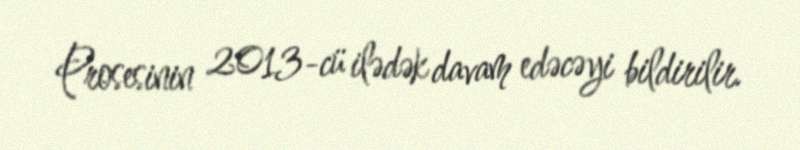
Prosesinin 2013-cü ilədək davam edəcəyi bildirilir.